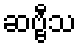
ဆဗ္ဗီသ